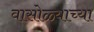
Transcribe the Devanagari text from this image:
वासोळ्याच्या